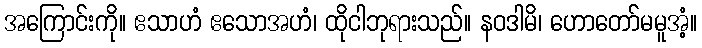
အကြောင်းကို။ ဧသာဟံ ဧသောအဟံ၊ ထိုငါဘုရားသည်။ နဝဒါမိ၊ ဟောတော်မမူအံ့။